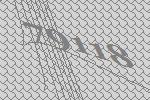
79118